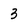
Character: 3